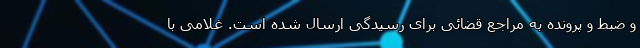
و ضبط و پرونده به مراجع قضائی برای رسیدگی ارسال شده است. غلامی با